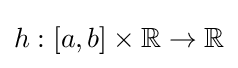
{\textstyle h:[a,b]\times \mathbb {R} \to \mathbb {R} }